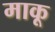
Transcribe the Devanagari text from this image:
माकू